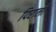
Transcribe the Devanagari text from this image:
पिराली